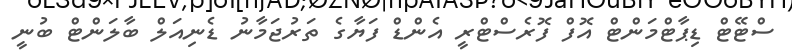
ސްޓޭޓް ޑިޕާޓްމަންޓް އޮފް ފޮރެސްޓްރީ އެންޑް ފަޔާގެ ތަރުޖަމާނު ޑެނިއަލް ބާލަންޓް ބުނީ